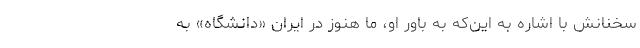
سخنانش با اشاره به این‌که به باور او، ما هنوز در ایران «دانشگاه» به